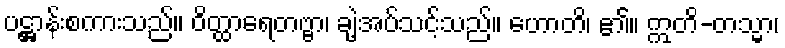
ပဋ္ဌာန်းစကားသည်။ ဝိတ္ထာရေတဗ္ဗာ၊ ချဲ့အပ်သင့်သည်။ ဟောတိ၊ ၏။ ဣတိ-တသ္မာ၊